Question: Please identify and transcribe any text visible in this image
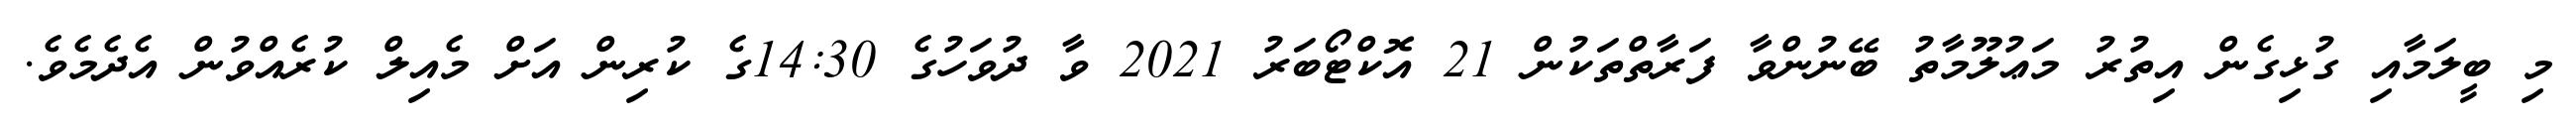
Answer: މި ބީލަމާއި ގުޅިގެން އިތުރު މަޢުލޫމާތު ބޭނުންވާ ފަރާތްތަކުން 21 އޮކްޓޯބަރު 2021 ވާ ދުވަހުގެ 14:30ގެ ކުރިން އަށް މެއިލް ކުރެއްވުން އެދެމެވެ.